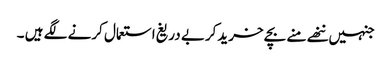
جنہیں ننھے منے بچے خریدکربے دریغ استعمال کرنے لگے ہیں ۔